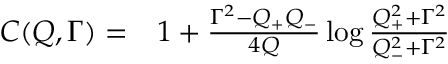
\begin{array} { r l } { C ( Q , \Gamma ) = } & { { } 1 + \frac { \Gamma ^ { 2 } - Q _ { + } Q _ { - } } { 4 Q } \log \frac { Q _ { + } ^ { 2 } + \Gamma ^ { 2 } } { Q _ { - } ^ { 2 } + \Gamma ^ { 2 } } } \end{array}